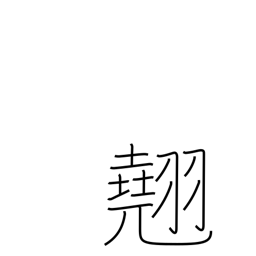
Meaning: excellence